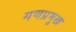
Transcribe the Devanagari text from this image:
गणप्रमुख